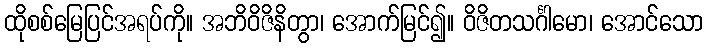
ထိုစစ်မြေပြင်အရပ်ကို။ အဘိဝိဇိနိတွာ၊ အောက်မြင်၍။ ဝိဇိတသင်္ဂါမော၊ အောင်သော